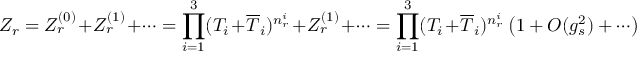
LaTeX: Z _ { r } = Z _ { r } ^ { ( 0 ) } + Z _ { r } ^ { ( 1 ) } + \cdots = \prod _ { i = 1 } ^ { 3 } ( T _ { i } + \overline { { T } } _ { i } ) ^ { n _ { r } ^ { i } } + Z _ { r } ^ { ( 1 ) } + \cdots = \prod _ { i = 1 } ^ { 3 } ( T _ { i } + \overline { { T } } _ { i } ) ^ { n _ { r } ^ { i } } \left( 1 + { \cal O } ( g _ { s } ^ { 2 } ) + \cdots \right)